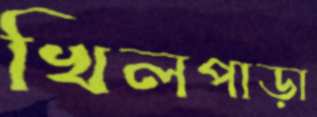
খিলপাড়া